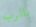
بالرب